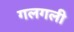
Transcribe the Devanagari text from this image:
गलगली